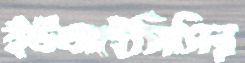
ইউআইসিসির